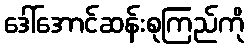
ဒေါ်အောင်ဆန်းစုကြည်ကို